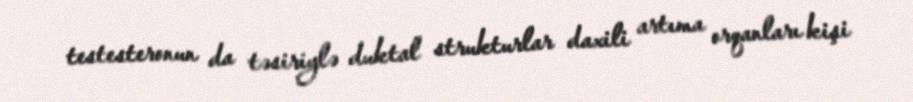
testesteronun da təsiriylə duktal strukturlar daxili artıma orqanları kişi